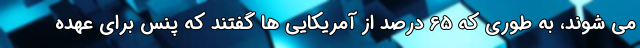
می شوند، به طوری که 65 درصد از آمریکایی ها گفتند که پنس برای عهده